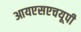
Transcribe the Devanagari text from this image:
आयएसएचयूपी